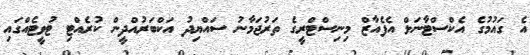
އެ ގައުމުގެ އެކްސްޓާނަލް އެފެއާޒް މިނިސްޓްރީގެ ތަރުޖަމާނު ސައްޔިދު އަކްބަރުއްދީން ކުރެއްޓި ޓުވީޓެއްގައި